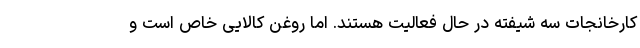
کارخانجات سه شیفته در حال فعالیت هستند. اما روغن کالایی خاص است و